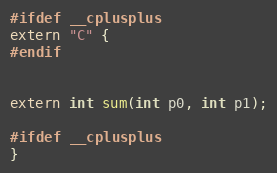
Language: C
#ifdef __cplusplus
extern "C" {
#endif

extern int sum(int p0, int p1);

#ifdef __cplusplus
}